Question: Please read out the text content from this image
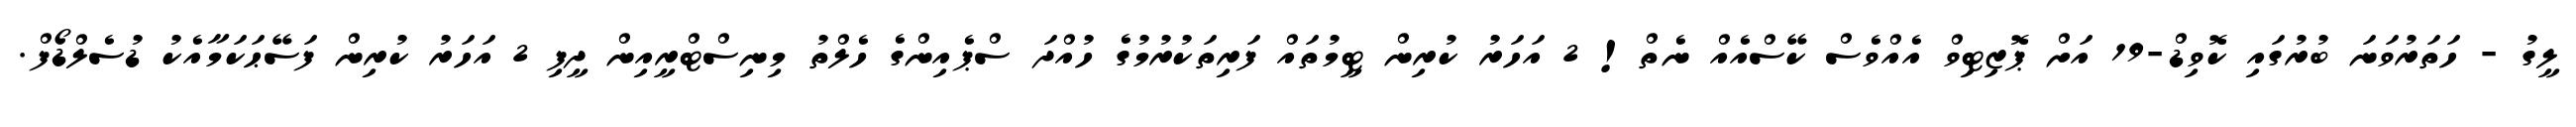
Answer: ލީގު - ހަތަރުވަނަ ބުރުގައި ކޮވިޑް-19 އަށް ޕޮޒިޓިވް އެއްވެސް ކޭސްއެއް ނެތް! 2 އަހަރު ކުރިން ޓީމުތައް ފަރިތަކުރުމުގެ ހުއްދަ ސްޕެއިންގެ ހެލްތު މިނިސްޓްރީއިން ދީފި 2 އަހަރު ކުރިން ފަސޭޙަކަމާއެކު ޑުސެލްޑޯފް.